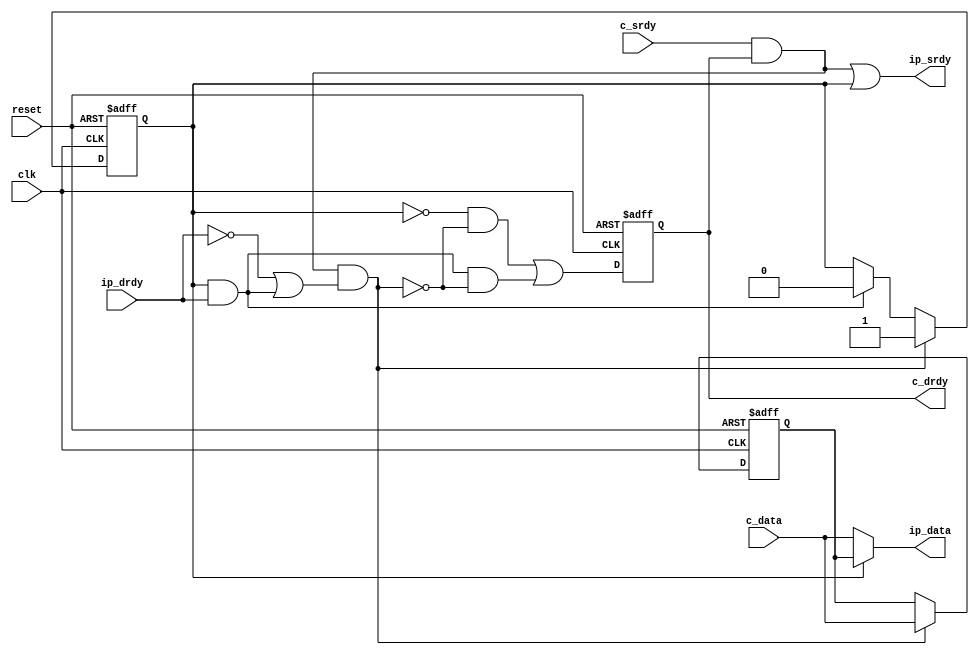
//----------------------------------------------------------------------
// Srdy/Drdy input block
//
// Halts timing on c_drdy.  Intended to be used on the input side of
// a design block.
//
// Naming convention: c = consumer, p = producer, i = internal interface
//----------------------------------------------------------------------
//
// This block is uncopyrighted and released into the public domain.
//----------------------------------------------------------------------

// Clocking statement for synchronous blocks.  Default is for
// posedge clocking and positive async reset
`ifndef SDLIB_CLOCKING 
 `define SDLIB_CLOCKING posedge clk or posedge reset
`endif

// delay unit for nonblocking assigns, default is to #1
`ifndef SDLIB_DELAY 
 `define SDLIB_DELAY #1 
`endif

module sd_input
  #(parameter width = 8)
  (
   input              clk,
   input              reset,
   input              c_srdy,
   output reg         c_drdy,
   input [width-1:0]  c_data,

   output reg         ip_srdy,
   input              ip_drdy,
   output reg [width-1:0] ip_data
   );

  reg 	  load;
  reg 	  drain;
  reg 	  occupied, nxt_occupied;
  reg [width-1:0] hold, nxt_hold;
  reg 		  nxt_c_drdy;

  
  always @*
    begin
      nxt_hold = hold;
      nxt_occupied = occupied;

      drain = occupied & ip_drdy;
      load = c_srdy & c_drdy & (!ip_drdy | drain);
      if (occupied)
	ip_data = hold;
      else
	ip_data = c_data;

      ip_srdy = (c_srdy & c_drdy) | occupied;

      if (load)
	begin
	  nxt_hold = c_data;
	  nxt_occupied =  1;
	end
      else if (drain)
	nxt_occupied = 0;

      nxt_c_drdy = (!occupied & !load) | (drain & !load);
    end

  always @(`SDLIB_CLOCKING)
    begin
      if (reset)
	begin
	  hold     <= `SDLIB_DELAY 0;
	  occupied <= `SDLIB_DELAY 0;
	  c_drdy   <= `SDLIB_DELAY 0;
	end
      else
	begin
	  hold     <= `SDLIB_DELAY nxt_hold;
	  occupied <= `SDLIB_DELAY nxt_occupied;
	  c_drdy   <= `SDLIB_DELAY nxt_c_drdy;
	end // else: !if(reset)
    end // always @ (posedge clk)  
 
endmodule